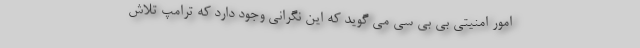
امور امنیتی بی بی سی می گوید که این نگرانی وجود دارد که ترامپ تلاش